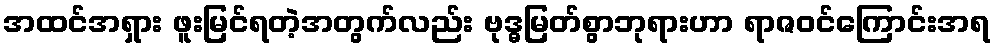
အထင်အရှား ဖူးမြင်ရတဲ့အတွက်လည်း ဗုဒ္ဓမြတ်စွာဘုရားဟာ ရာဇဝင်ကြောင်းအရ